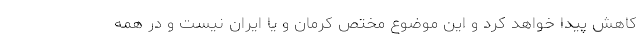
کاهش پیدا خواهد کرد و این موضوع مختص کرمان و یا ایران نیست و در همه